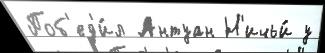
Поб'ед'и́л Антуан Н'ичьи́ у